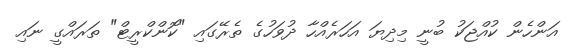
އަންހެން ކުއްޖަކު ބުނީ މިދިޔަ އަހަރެއްހާ ދުވަހުގެ ތެރޭގައި "ކޮންކްރީޓް" ތަރައްގީ ނައި